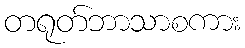
တရုတ်ဘာသာစကား